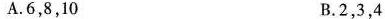
A.6，8，10 B.2，3，4